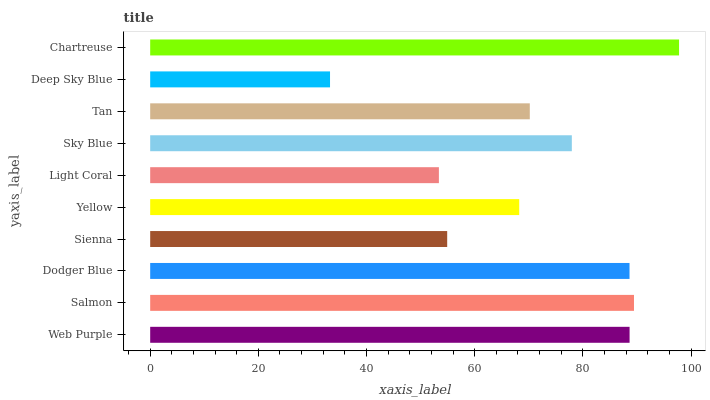
| yaxis_label | bars |
 | --- | --- |
 | Web Purple | 88.6 |
 | Salmon | 89.5 |
 | Dodger Blue | 88.6 |
 | Sienna | 54.9 |
 | Yellow | 68.2 |
 | Light Coral | 53.4 |
 | Sky Blue | 78 |
 | Tan | 70.2 |
 | Deep Sky Blue | 33.3 |
 | Chartreuse | 97.8 |